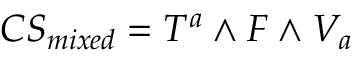
{ C S } _ { m i x e d } = T ^ { a } \wedge F \wedge V _ { a }